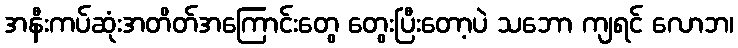
အနီးကပ်ဆုံးအတိတ်အကြောင်းတွေ တွေးပြီးတော့ပဲ သဘော ကျရင် လောဘ၊